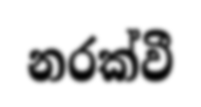
නරක්වී